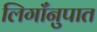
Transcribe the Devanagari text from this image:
लिगाँनुपात